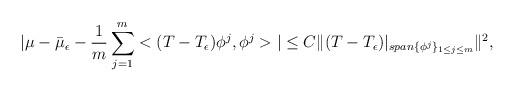
LaTeX: \begin{align*}|\mu-{\bar{\mu}_{\epsilon}}-\frac{1}{m}\sum_{j=1}^{m}<(T-T_{\epsilon})\phi^{j}, \phi^{j}>|\leq C\|(T-T_{\epsilon})|_{span\{\phi^{j}\}_{1\leq j \leq m}}\|^{2},\end{align*}